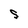
Character: S